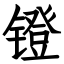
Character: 镫